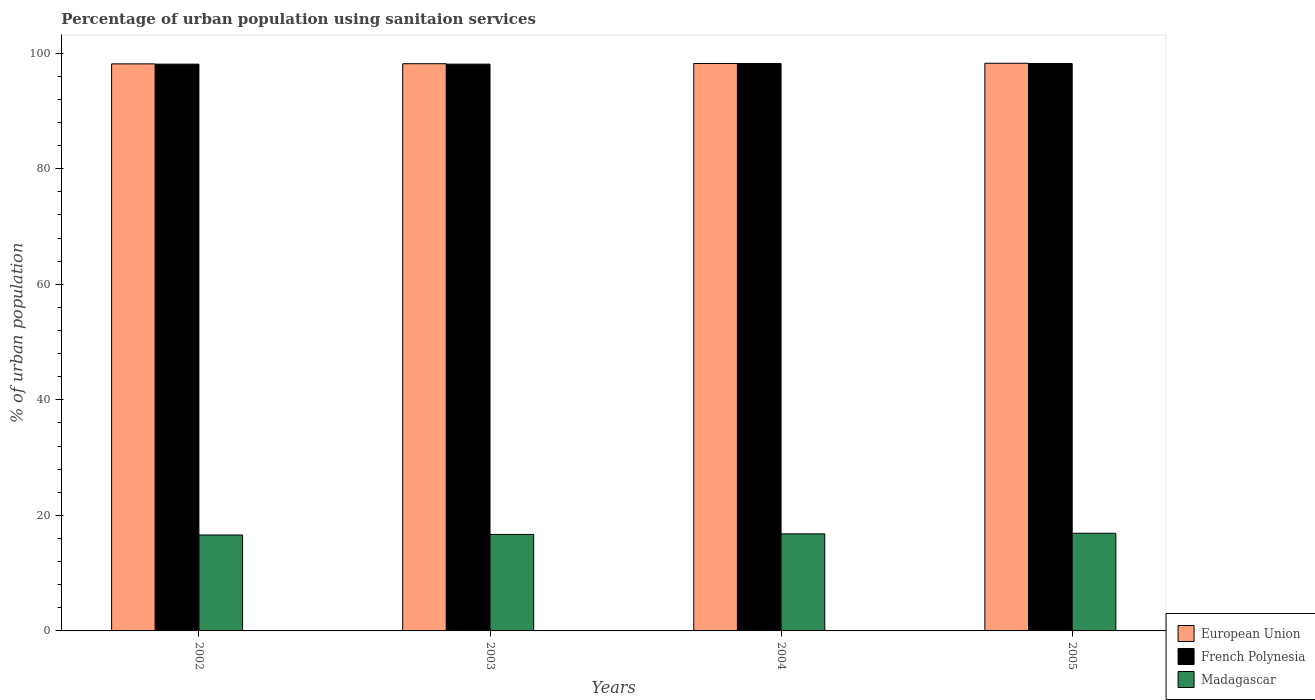
| Years | European Union | French Polynesia | Madagascar |
 | --- | --- | --- | --- |
 | 2002 | 98.1 | 98.1 | 16.6 |
 | 2003 | 98.2 | 98.1 | 16.7 |
 | 2004 | 98.2 | 98.2 | 16.8 |
 | 2005 | 98.3 | 98.2 | 16.9 |